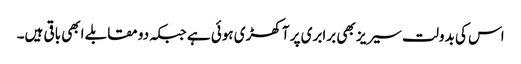
اس کی بدولت سیریز بھی برابری پر آ کھڑی ہوئی ہے جبکہ دو مقابلے ابھی باقی ہیں۔